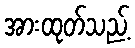
အားထုတ်သည့်